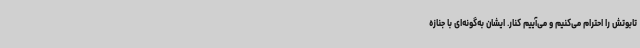
تابوتش را احترام می‌کنیم و می‌آییم کنار. ایشان به‌گونه‌ای با جنازه